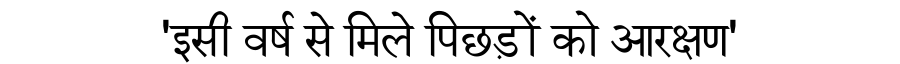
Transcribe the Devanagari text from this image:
'इसी वर्ष से मिले पिछड़ों को आरक्षण'